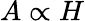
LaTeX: A\propto H